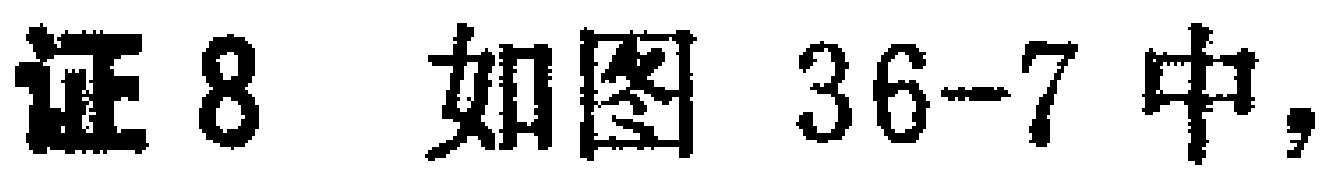
证8 如图 36-7 中，